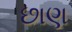
છાણ